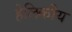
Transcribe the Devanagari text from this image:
हेलिकीय